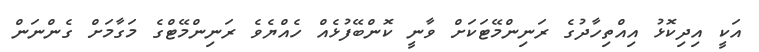
އަކީ އިދިކޮޅު އިއްތިހާދުގެ ރަނިންމޭޓަކަށް ވާނީ ކޮންބޭފުޅެއް ހެއްޔެވެ ރަނިންމޭޓްގެ މަގާމަށް ގެންނަން